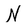
Character: N